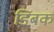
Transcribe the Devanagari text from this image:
डिंबक